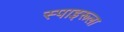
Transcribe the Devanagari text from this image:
स्पाइरूला